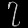
Digit: ၇